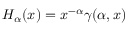
H _ { \alpha } ( x ) = x ^ { - \alpha } \gamma ( \alpha , x )